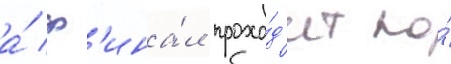
а́ ф'ина́л прохо́д'ит по́